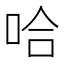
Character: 哈